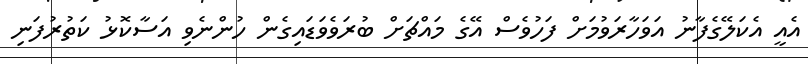
އެއީ އެކަލޭގެފާނު އަވަހާރަވުމަށް ފަހުވެސް އޭގެ މައްޗަށް ބުރަވެވަޑައިގެން ހުންނެވި އަސާކޮޅު ކަތުރުފަނި